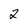
Character: 2